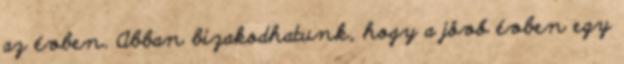
az évben. Abban bizakodhatunk, hogy a jövő évben egy